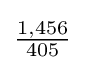
{\tfrac {1,456}{405}}